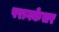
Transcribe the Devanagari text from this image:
परागकेसर